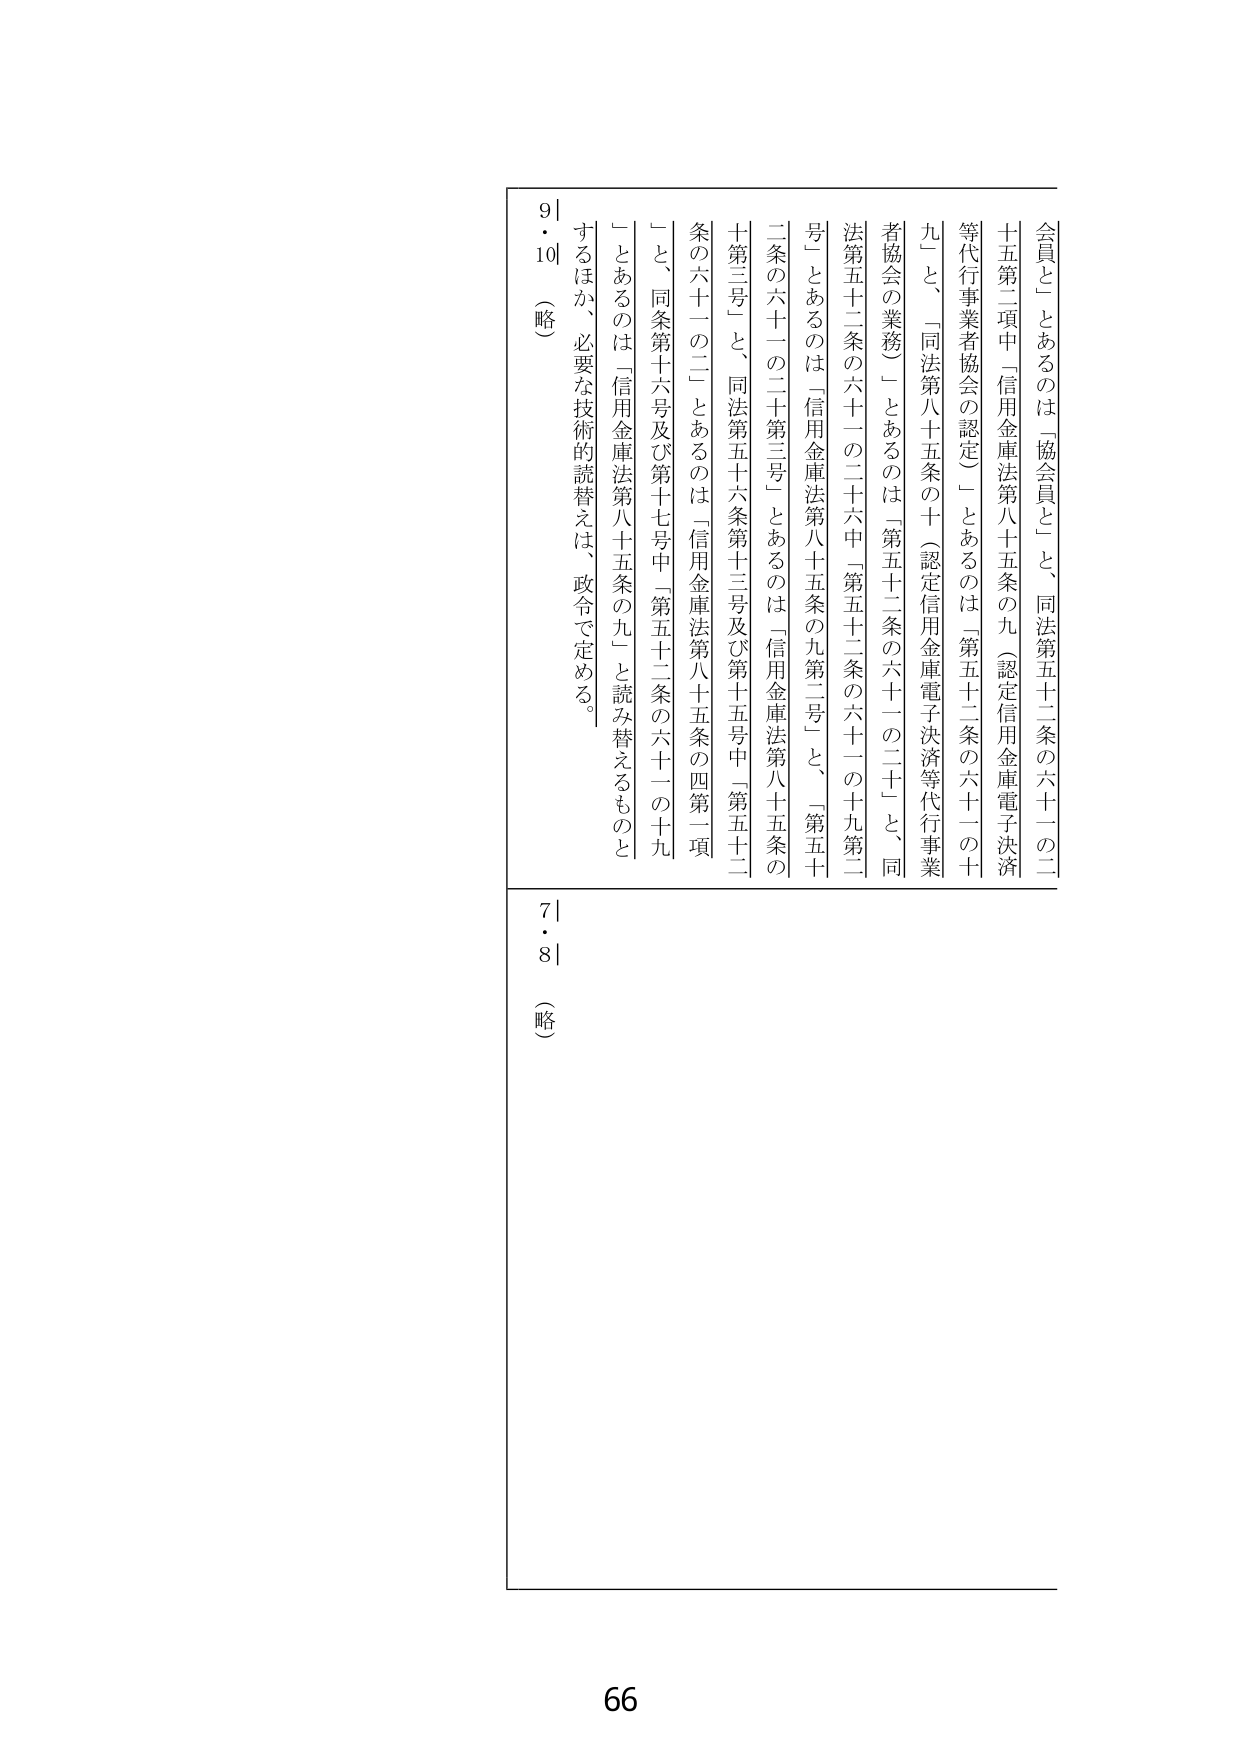
会員と」とあるのは「協会員」と、同法第五十二条の六十一の二
十五第二項中「信用金庫法第八十五条の九（認定信用金庫電子決済
等代行事業者協会の認定）」とあるのは「第五十二条の六十一の十
九」と、「同法第八十五条の十（認定信用金庫電子決済等代行事業
者協会の業務）」とあるのは「第五十二条の六十一の二十」と、同
法第五十二条の六十一の二十六中「第五十二条の六十一の十九第二
号」とあるのは「信用金庫法第八十五条の九第二号」と、「第五十
二条の六十一の二十第三号」とあるのは「信用金庫法第八十五条の
十三号」と、同法第五十六条第十三号及び第十五号中「第五十二
条の六十一の二」とあるのは「信用金庫法第八十五条の四第一項
」と、同条第十六号及び第十七号中「第五十二条の六十一の十九
」とあるのは「信用金庫法第八十五条の九」と読み替えるものと
するほか、必要な技術的読替えは、政令で定める。
9・10
（略）
7・8
（略）
66